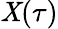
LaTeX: \mathit{X}(\tau)